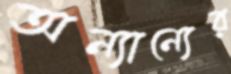
অন্যান্যের